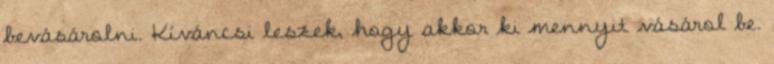
bevásárolni. Kíváncsi leszek, hogy akkor ki mennyit vásárol be.